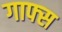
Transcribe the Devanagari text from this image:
गाफ्स